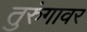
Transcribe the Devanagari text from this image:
तुरुंगावर